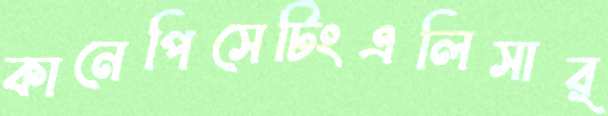
কানেপিসেটিংএলিসার্